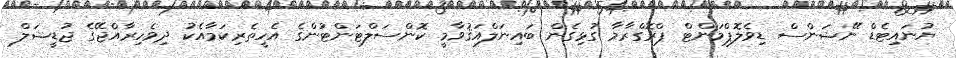
ޔުނައިޓެޑް ނޭޝަންސް ޑިވެލޮޕްމަންޓް ޕްރޮގްރާމާ ގުޅިގެން ބައިނަލްއަޤުވާމީ ކޮންސަލްޓަންޓުންގެ އެހީތެރިކަމާއެކު ދިވެހިރާއްޖޭގެ ޖުޑީޝަލް